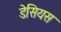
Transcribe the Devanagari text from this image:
डेसियस